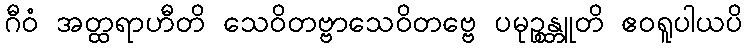
ဂီဝံ အတ္ထရာဟီတိ သေဝိတဗ္ဗာသေဝိတဗ္ဗေ ပမုဉ္စန္တူတိ ဧဝရူပါယပိ